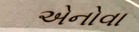
એનોવા